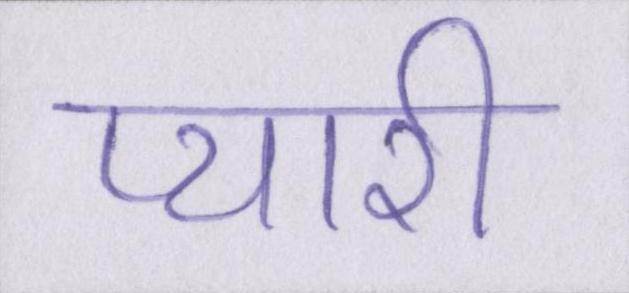
प्यारी